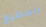
المطيع